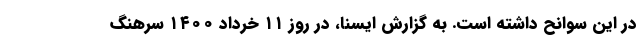
در این سوانح داشته است. به گزارش ایسنا، در روز ۱۱ خرداد ۱۴۰۰ سرهنگ